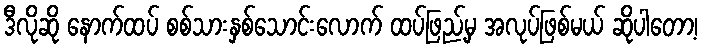
ဒီလိုဆို နောက်ထပ် စစ်သားနှစ်သောင်းလောက် ထပ်ဖြည့်မှ အလုပ်ဖြစ်မယ် ဆိုပါတော့၊